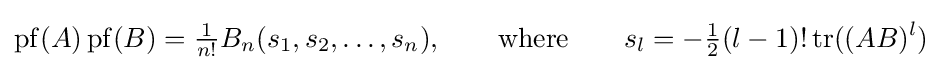
\mathrm {pf} (A)\,\mathrm {pf} (B)={\tfrac {1}{n!}}B_{n}(s_{1},s_{2},\ldots ,s_{n}),\qquad \mathrm {where} \qquad s_{l}=-{\tfrac {1}{2}}(l-1)!\,\mathrm {tr} ((AB)^{l})